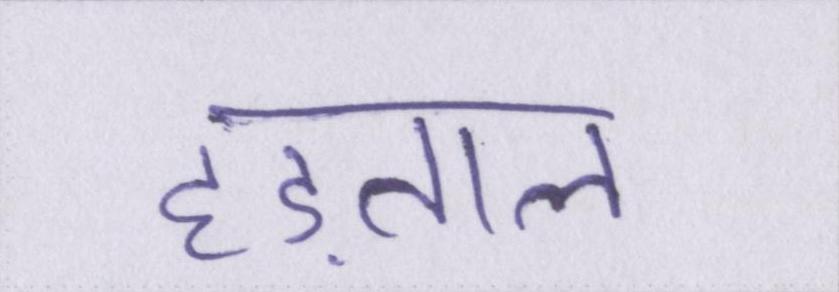
हड़ताल